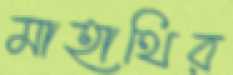
মাহাথির